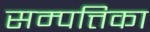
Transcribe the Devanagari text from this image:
सम्पत्तिका